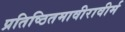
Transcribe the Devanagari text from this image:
प्रतिष्ठितमावीरावीर्म